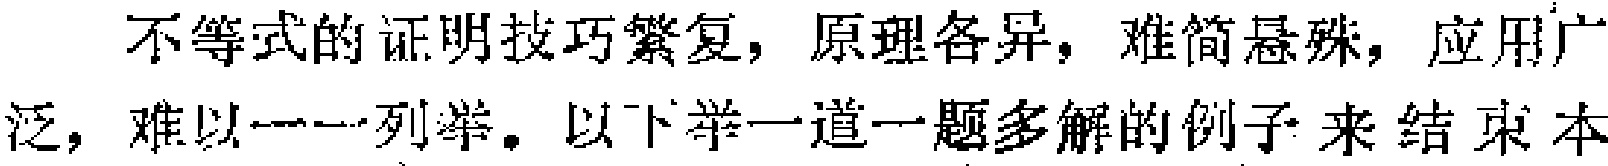
不等式的证明技巧繁复，原理各异，难简悬殊，应用广泛，难以一一列举。以下举一道一题多解的例子 来 结 束 本